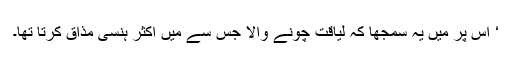
‘ اس پر مَیں یہ سمجھا کہ لیاقت چونے والا جس سے میں اکثر ہنسی مذاق کرتا تھا۔